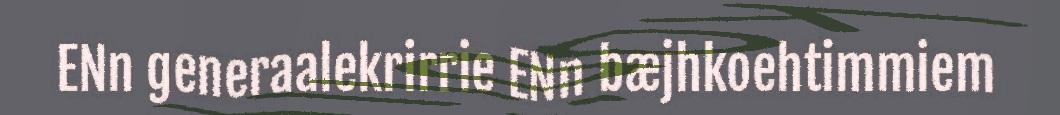
ENn generaalekrirrie ENn bæjhkoehtimmiem